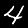
Digit: 4